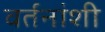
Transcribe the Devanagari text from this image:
वर्तनांशी